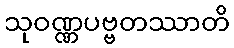
သုဝဏ္ဏပဗ္ဗတဿာတိ